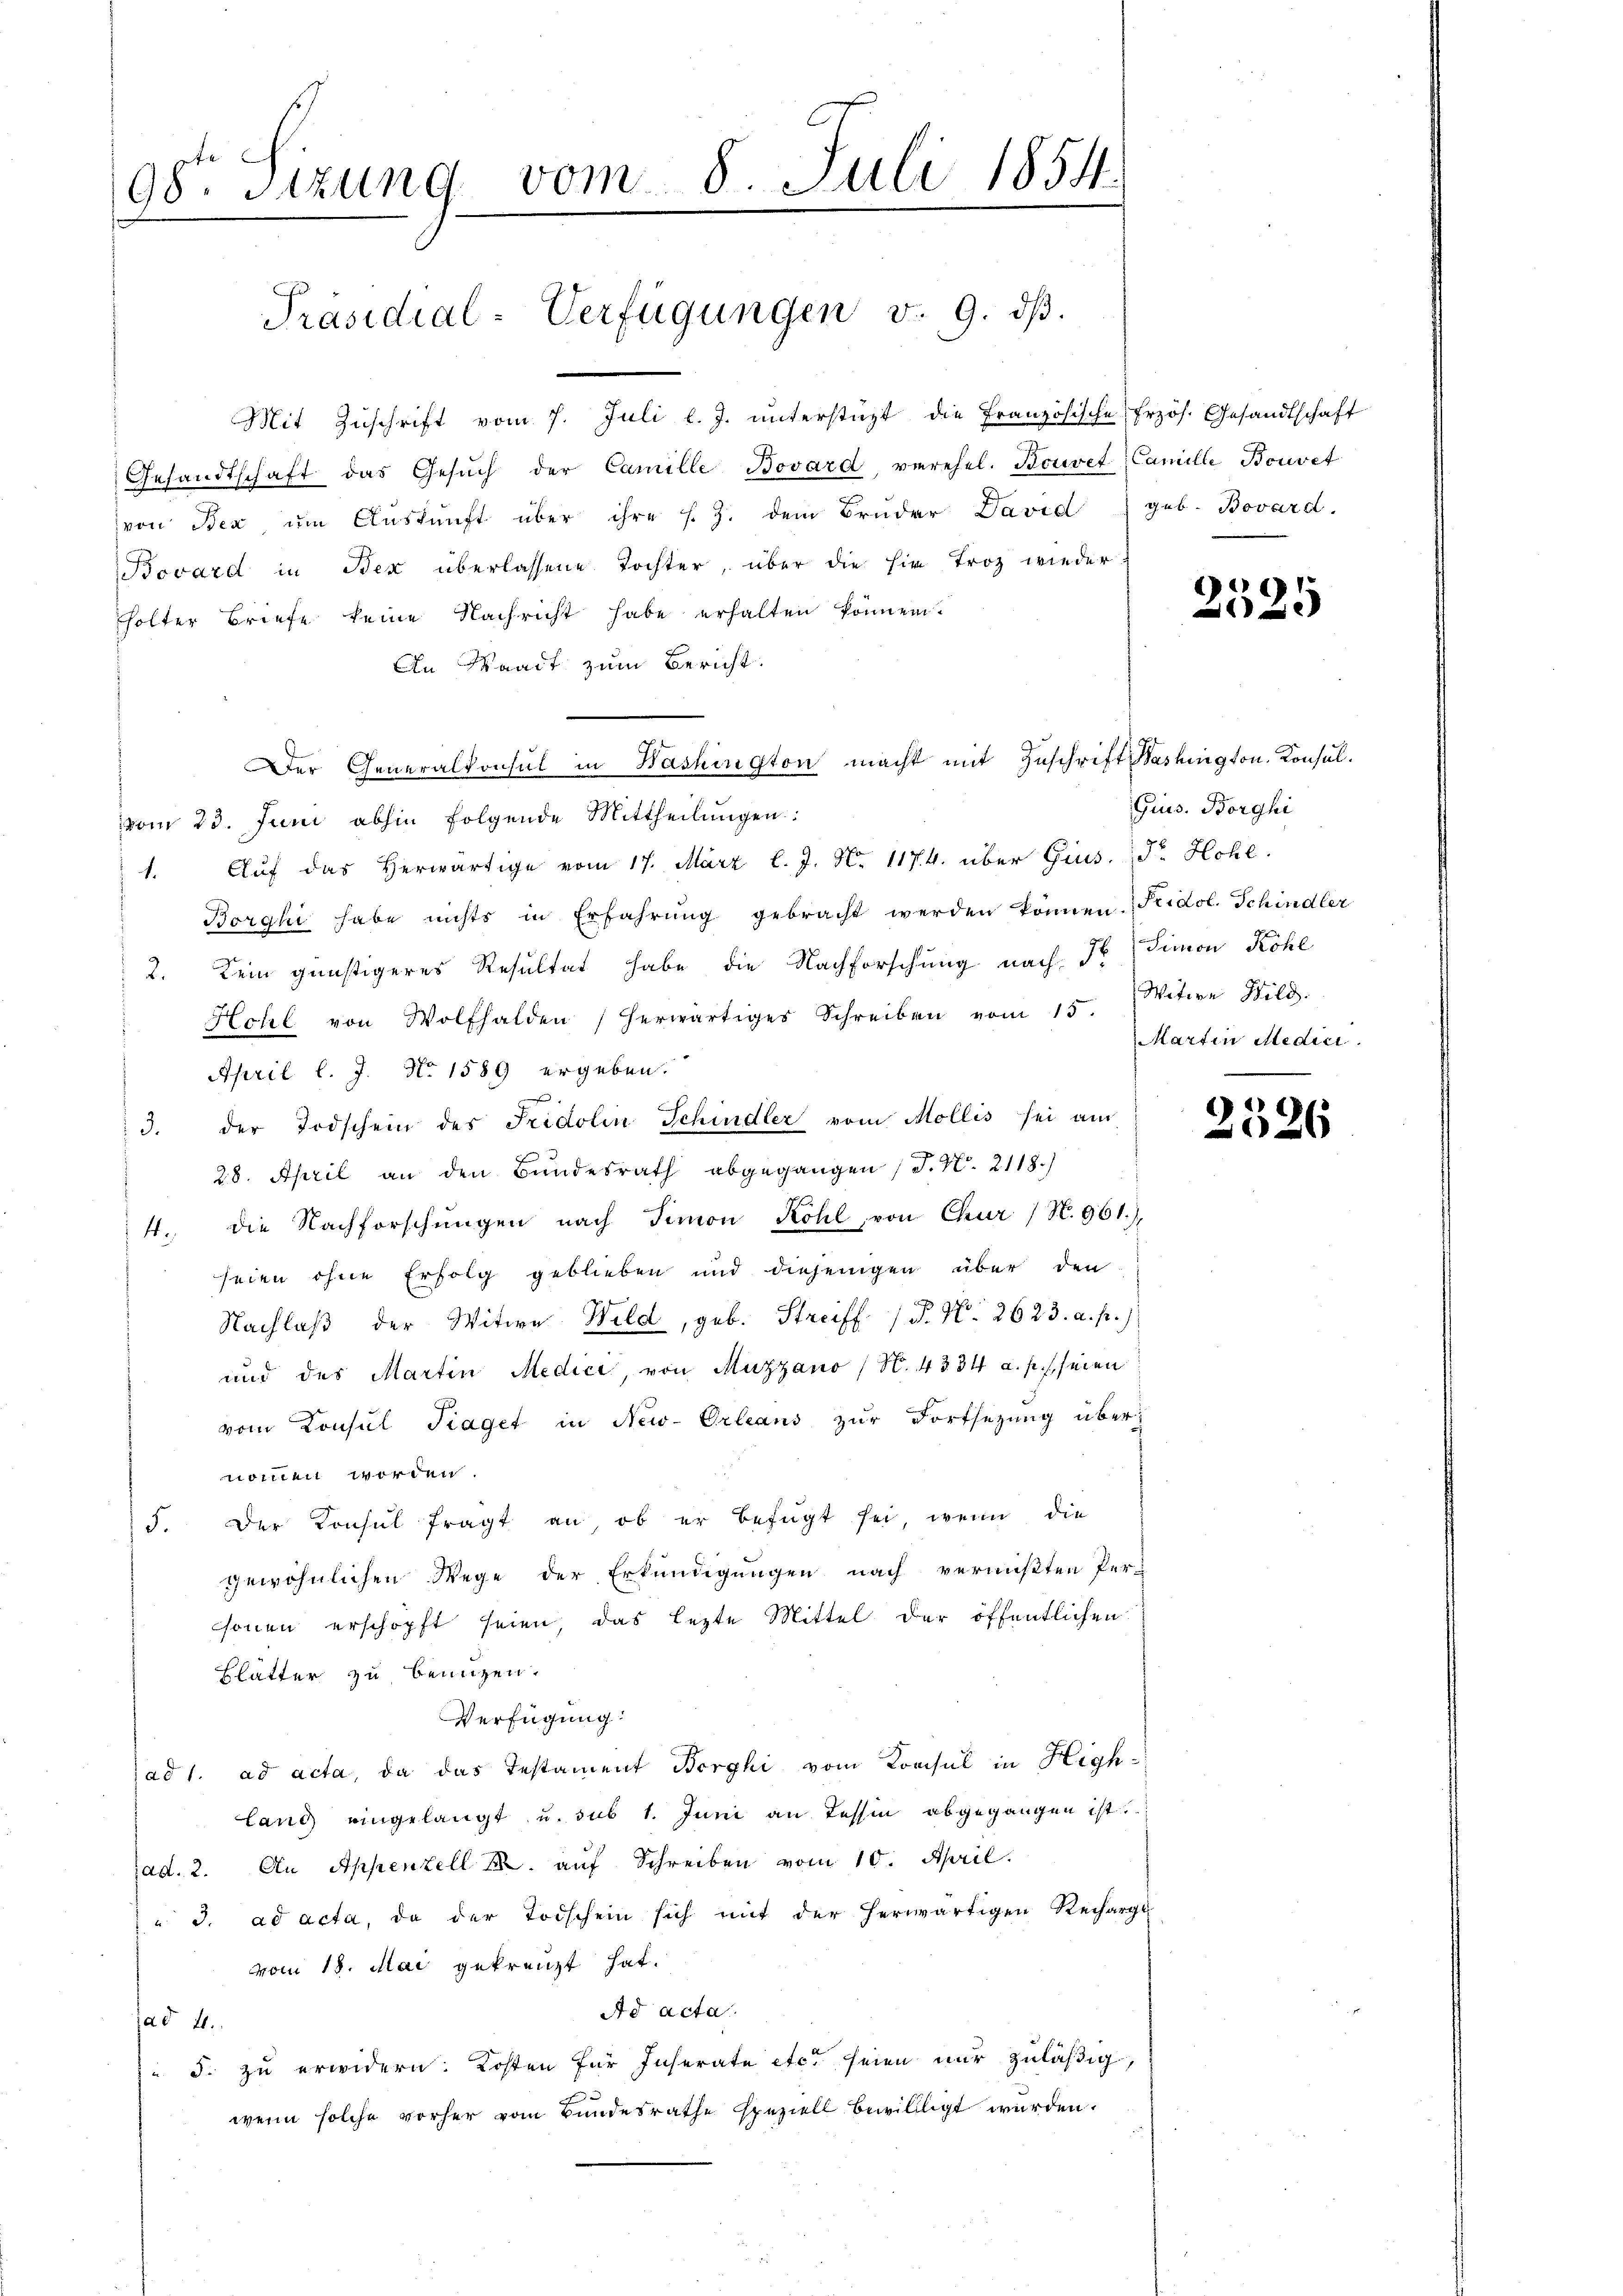
98te Sizung vom 8. Juli 1854.
Präsidial-Verfügungen v. 9. dβ.

Mit Zuschrift vom 7. Juli l. J. unterstüzt die Französische Erzös. Gesandtschaft
Gesandtschaft das Gesŭch der Camille Bovard verehel. Bovet Camille Bouvet
von Bex ŭm Aŭskŭnft über ihre s. Z. dem Bruder David geb. Bovard.
Bovard in Bex überlassene Tochter, über die hir Troz wieder
holter Briefe keine Nachricht habe erhalten können.
An Waadt zum Bericht.
vom 23. Juni abhin folgende Mittheilungen
1. Auf das Herwärtige vom 17. März l. J. N. 1174. über Gius. Dr. Hohl.
Borghi habe nichts in Erfahrŭng gebracht werden können. Fridol. Schindler
2. Kein günstigeres Resultat habe die Nachforschung nach I, Simon Röhl
Hohl. von Wolfhalden herwärtiges Schreiben vom 15.
April l. J. No 1589 ergeben:
s
3. der Todschein des Fridolin Schindler vom Mollis sei am
28. April an den Bundesrath abgegangen (T. N. 2118.)
4. die Nachforschungen nach Simon Köhl, von Chur (N. 961).
seien ohne Erfolg geblieben und diejenigen über den
Nachlaβ der Witwe Wild, geb. Streiff  P. Nr. 2623. a. p.)
und des Martin Medici, von Muzzano (N. 4334 a. p. seien
vom Konsul Fraget in New-Orleans zur Fortsezung übernommen worden.
5. Der Konsul fragt an, ob er befügt sei, wenn die
gewöhnlichen Wege der Erkundigungen nach vermißten Per-
csonen erschöpft seien, das lezte Mittel der öffentlichen
Blätter zu benuzen.
Verfügung:
ad 1. ad acta, da das Testament Berghi vom Konsul in Highlang eingelangt u. sub 1. Juni an Tessin abgegangen ist.
ad. 2. An Appenzell I. aŭf Schreiben vom 10. April.
" J. ad acta, da der Todschein sich mit der herwärtigen Recharge
vom 18. Mai gekreuzt hat.
Ad acta
ad 41.
5. zu erwidern. Kosten für Inserate etc. seien nur zuläßig,
wenn solche vorher vom Bundesrathe speziell bewillligt wurden.

Der Generalkonsul in Washington macht mit Zuschrift Washington, Konsul¬

2525

Gius. Borghi
Witwe Bild.
Martin Medici

)
x